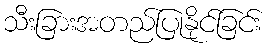
သီးခြားအတည်ပြုနိုင်ခြင်း